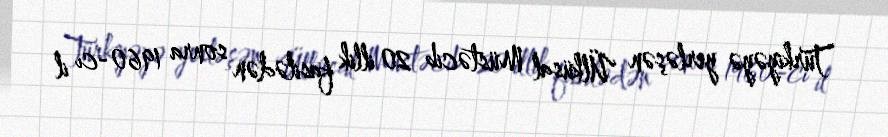
Türkiyəyə yerləşən Ülküsal Müstəcib 20 illik fasilədən sonra 1960-cı il